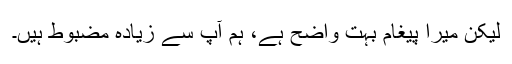
لیکن میرا پیغام بہت واضح ہے، ہم آپ سے زیادہ مضبوط ہیں۔